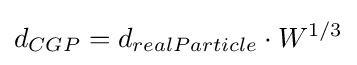
d_{CGP}=d_{realParticle}\cdot W^{1/3}